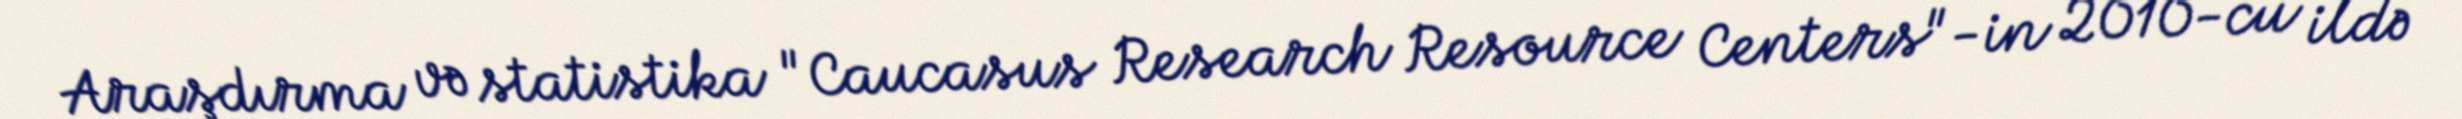
Araşdırma və statistika "Caucasus Research Resource Centers"-in 2010-cu ildə